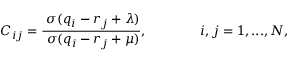
C _ { i j } = \frac { \; \sigma ( q _ { i } - r _ { j } + \lambda ) } { \; \sigma ( q _ { i } - r _ { j } + \mu ) } , \mathrm { ~ \ \ \ \ \ \ \ \ \ \ ~ } i , j = 1 , . . . , N ,